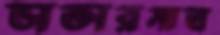
ডাক্তারমাত্র